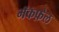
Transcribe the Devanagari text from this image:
मॅकफ़ेल